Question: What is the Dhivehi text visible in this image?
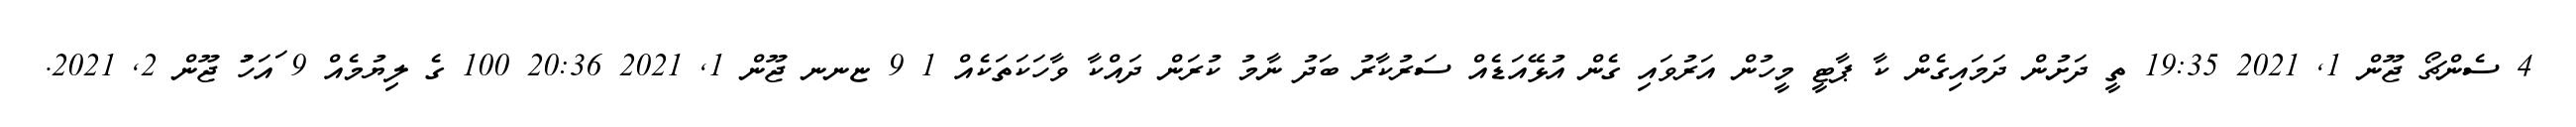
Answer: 4 ސެންޗޯ ޖޫން 1, 2021 19:35 ތީ ދަށުން ދަމައިގެން ކާ ޕާޓީ މީހުން އަރުވައި ގެން އުޅޭއަޑެއް ސަރުކާރު ބަދު ނާމު ކުރަން ދައްކާ ވާހަކަތަކެއް 1 9 ޏނނ ޖޫން 1, 2021 20:36 100 ގެ ލިޔުމެއް 9 ައަހުުު ޖޫން 2, 2021.